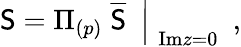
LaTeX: \left.\mathsf{S}=\Pi_{(p)}\; \overline{{{\mathsf{S}}}}\ \ \right|_{\; \mathrm{{Im}}z=0}\ \ ,